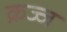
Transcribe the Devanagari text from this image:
क्रज्ज